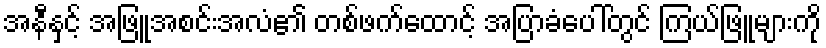
အနီနှင့် အဖြူအစင်းအလံ၏ တစ်ဖက်ထောင့် အပြာခံပေါ်တွင် ကြယ်ဖြူများကို